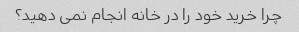
چرا خرید خود را در خانه انجام نمی دهید؟